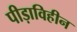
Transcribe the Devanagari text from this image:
पीड़ाविहीन